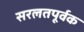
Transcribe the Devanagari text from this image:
सरलतपूर्वक